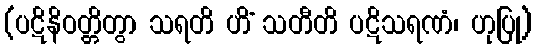
(ပဋိနိဝတ္တိတွာ သရတိ ဟိံ သတီတိ ပဋိသရဏံ၊ ဟုပြု)